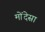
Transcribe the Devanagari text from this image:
मोंदेसा